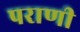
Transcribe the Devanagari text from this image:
पराणी